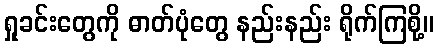
ရှုခင်းတွေကို ဓာတ်ပုံတွေ နည်းနည်း ရိုက်ကြစို့။